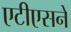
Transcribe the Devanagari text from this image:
एटीएसने